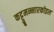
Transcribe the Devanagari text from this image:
कट्टुमन्नारकोइल